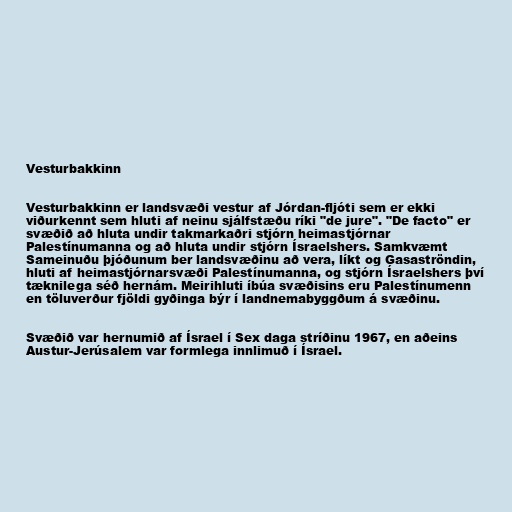
Vesturbakkinn

Vesturbakkinn er landsvæði vestur af Jórdan-fljóti sem er ekki
viðurkennt sem hluti af neinu sjálfstæðu ríki "de jure". "De facto" er
svæðið að hluta undir takmarkaðri stjórn heimastjórnar
Palestínumanna og að hluta undir stjórn Ísraelshers. Samkvæmt
Sameinuðu þjóðunum ber landsvæðinu að vera, líkt og Gasaströndin,
hluti af heimastjórnarsvæði Palestínumanna, og stjórn Ísraelshers því
tæknilega séð hernám. Meirihluti íbúa svæðisins eru Palestínumenn
en töluverður fjöldi gyðinga býr í landnemabyggðum á svæðinu.

Svæðið var hernumið af Ísrael í Sex daga stríðinu 1967, en aðeins
Austur-Jerúsalem var formlega innlimuð í Ísrael.